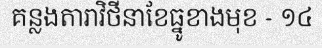
គន្លងតារាវិថីនាខែធ្នូខាងមុខ - ១៤